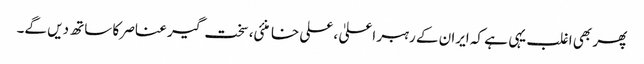
پھر بھی اغلب یہی ہے کہ ایران کے رہبر اعلیٰ ، علی خامنئی، سخت گیر عناصر کا ساتھ دیں گے۔